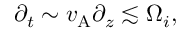
\partial _ { t } \sim v _ { \mathrm { A } } \partial _ { z } \lesssim \Omega _ { i } ,